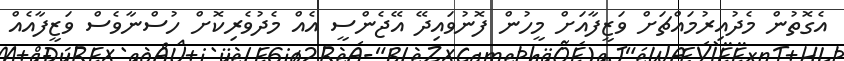
އެގޮތުން މެދުއިރުމައްޗަށް ވަޒީފާއަށް މީހުން ފޮނުވައިދޭ އޭޖެންސީ އެއް މެދުވެރިކޮށް ހުސްނާވެސް ވަޒީފާއެއް